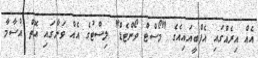
އެއް އިރެއްގައި އެފްބީއައިއެގެ "މޯސްޓް ވޯންޓެޑް" ލިސްޓުގެ އެއް ވަނާގައި އޮތް އުސާމާ